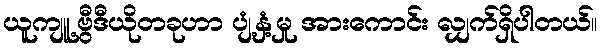
ယူကျူ့ဗွီဒီယိုတခုဟာ ပျံ့နှံ့မှု အားကောင်း လျှက်ရှိပါတယ်။